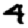
Digit: 4